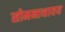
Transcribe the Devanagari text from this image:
सोमनाथायय